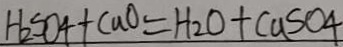
H _ { 2 } S O _ { 4 } + C a O = H _ { 2 } O + C a S O 4